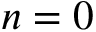
n = 0